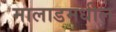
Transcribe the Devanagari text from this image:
मालाडमधील